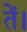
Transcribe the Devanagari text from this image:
तें।